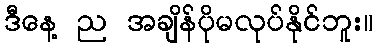
ဒီနေ့ ည အချိန်ပိုမလုပ်နိုင်ဘူး။